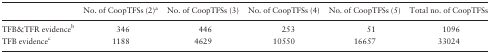
<table><thead><tr><td></td><td><b>No. of CoopTFSs (2)<sup>a</sup></b></td><td><b>No. of CoopTFSs (3)</b></td><td><b>No. of CoopTFSs (4)</b></td><td><b>No. of CoopTFSs (5)</b></td><td><b>Total no. of CoopTFSs</b></td></tr></thead><tbody><tr><td>TFB&amp;TFR evidence<sup>b</sup></td><td>346</td><td>446</td><td>253</td><td>51</td><td>1096</td></tr><tr><td>TFB evidence<sup>c</sup></td><td>1188</td><td>4629</td><td>10550</td><td>16657</td><td>33024</td></tr></tbody></table>